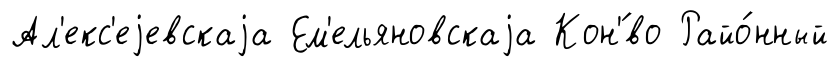
Ал'екс'еjевскаjа Ем'ельяновскаjа Кон'́во Райо́нный